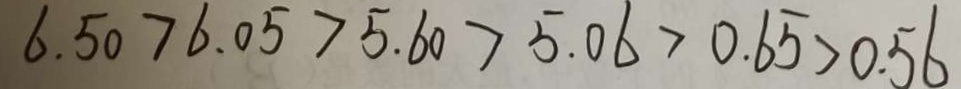
6 . 5 0 > 6 . 0 5 > 5 . 6 0 > 5 . 0 6 > 0 . 6 5 > 0 . 5 6